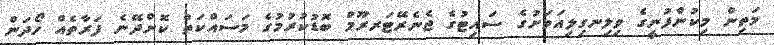
މަތިން މިކުންފުނީގެ ވިލިނގިލިއަވަށުގެ ސައިޓުގެ ޖެނެރޭޓަރރޫމް ބޮޑުކުރުމުގެ މަސައްކަތް ކޮށްދޭނެ ފަރާތެއް ހޯދަން